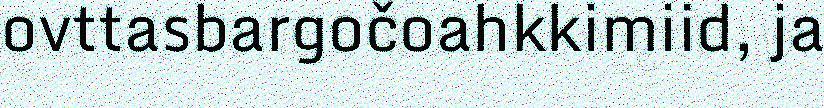
ovttasbargočoahkkimiid, ja